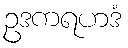
ဥဒကရဟဒံ